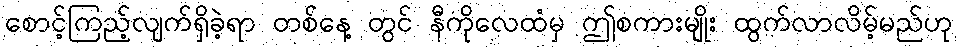
စောင့်ကြည့်လျက်ရှိခဲ့ရာ တစ်နေ့ တွင် နီကိုလေထံမှ ဤစကားမျိုး ထွက်လာလိမ့်မည်ဟု